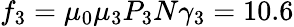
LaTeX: f_{3}=\mu_{0}\mu_{3}P_{3}N\gamma_{3}=10.6